Code of medical and sanitary regulations for the guidance of medical officers serving in the Madras Presidency - Volume II
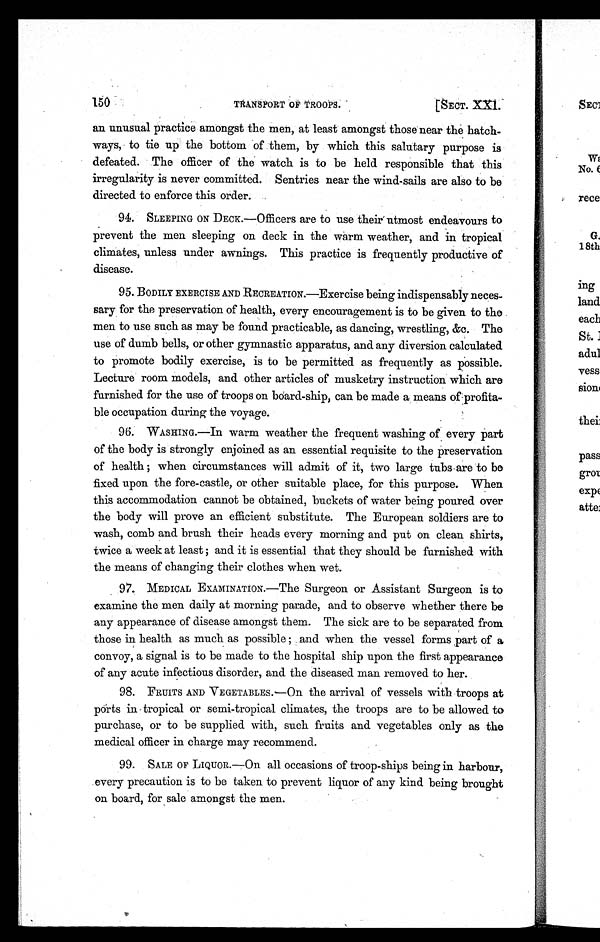
150
TRANSPORT OF TROOPS.
[SECT.
XXI.
an unusual practice amongst the men, at least amongst those near the hatch-
ways, to tie up the bottom of them, by which this salutary purpose is
defeated. The officer of the watch is to be held responsible that this
irregularity is never committed. Sentries near the wind-sails are also to be
directed to enforce this order.
94.
SLEEPING ON DECK.—Officers are to use their utmost endeavours to
prevent the men sleeping on deck in the warm weather, and in tropical
climates, unless under awnings. This practice is frequently productive of
disease.
95. BODILY EXERCISE AND RECREATION.—Exercise being indispensably neces-
sary for the preservation of health, every encouragement is to be given to the
men to use such as may be found practicable, as dancing, wrestling, &c. The
use of dumb bells, or other gymnastic apparatus, and any diversion calculated
to promote bodily exercise, is to be permitted as frequently as possible.
Lecture room models, and other articles of musketry instruction which are
furnished for the use of troops on board-ship, can be made a means of profita-
ble occupation during the voyage.
96.
WASHING—In warm weather the frequent washing of every part
of the body is strongly enjoined as an essential requisite to the preservation
of health; when circumstances will admit of it, two large tubs are to be
fixed upon the fore-castle, or other suitable place, for this purpose. When
this accommodation cannot be obtained, buckets of water being poured over
the body will prove an efficient substitute. The European soldiers are to
wash, comb and brush their heads every morning and put on clean shirts,
twice a week at least; and it is essential that they should be furnished with
the means of changing their clothes when wet.
97. MEDICAL EXAMINATION.—The Surgeon or Assistant Surgeon is to
examine the men daily at morning parade, and to observe whether there be
any appearance of disease amongst them. The sick are to be separated from
those in health as much as possible; and when the vessel forms part of a
convoy, a signal is to be made to the hospital ship upon the first appearance
of any acute infectious disorder, and the diseased man removed to her.
98. FRUITS AND VEGETABLES.—On the arrival of vessels with troops at
ports in tropical or semi-tropical climates, the troops are to be allowed to
purchase, or to be supplied with, such fruits and vegetables only as the
medical officer in charge may recommend.
99.
SALE OF LIQUOR.—On all occasions of troop-ships being in harbour,
every precaution is to be taken to prevent liquor of any kind being brought
on board, for sale amongst the men.